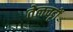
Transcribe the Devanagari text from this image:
तेलचट्टों